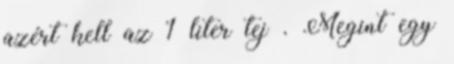
azért kell az 1 liter tej . Megint egy